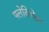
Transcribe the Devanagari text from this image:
फ्लेविनोइड